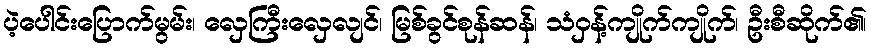
ပဲ့ပေါင်းပြောက်မွမ်း၊ လှေကြီးလှေလျင်၊ မြစ်ခွင်စုန်ဆန်၊ သံဝှန့်ကျိုက်ကျိုက်၊ ဦးစီဆိုက်၏၊